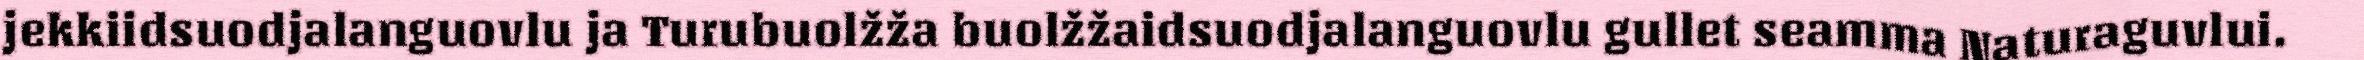
jekkiidsuodjalanguovlu ja Turubuolžža buolžžaidsuodjalanguovlu gullet seamma Naturaguvlui.